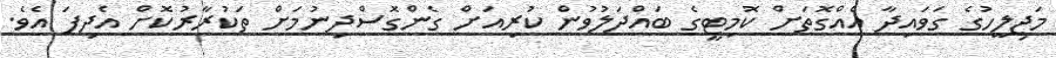
މަޖިލީހުގެ ގަވައިދާ އެއްގޮތަށް ކޮމިޓީގެ ބައްދަލުވުން ކުރިއަށް ގެންގޮސްދިނުމަށް ތަކުރާރުކޮށް އެދިފަ އެވެ.